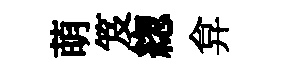
萌笈緫弇